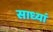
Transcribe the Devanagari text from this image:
साध्यां